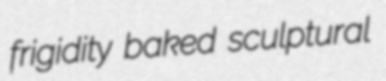
frigidity baked sculptural